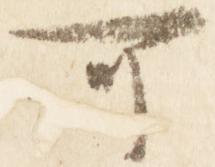
可